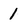
Character: 1